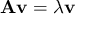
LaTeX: \mathbf { A } \mathbf { v } = \lambda \mathbf { v }